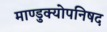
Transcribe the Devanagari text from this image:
माण्डुक्योपनिषद